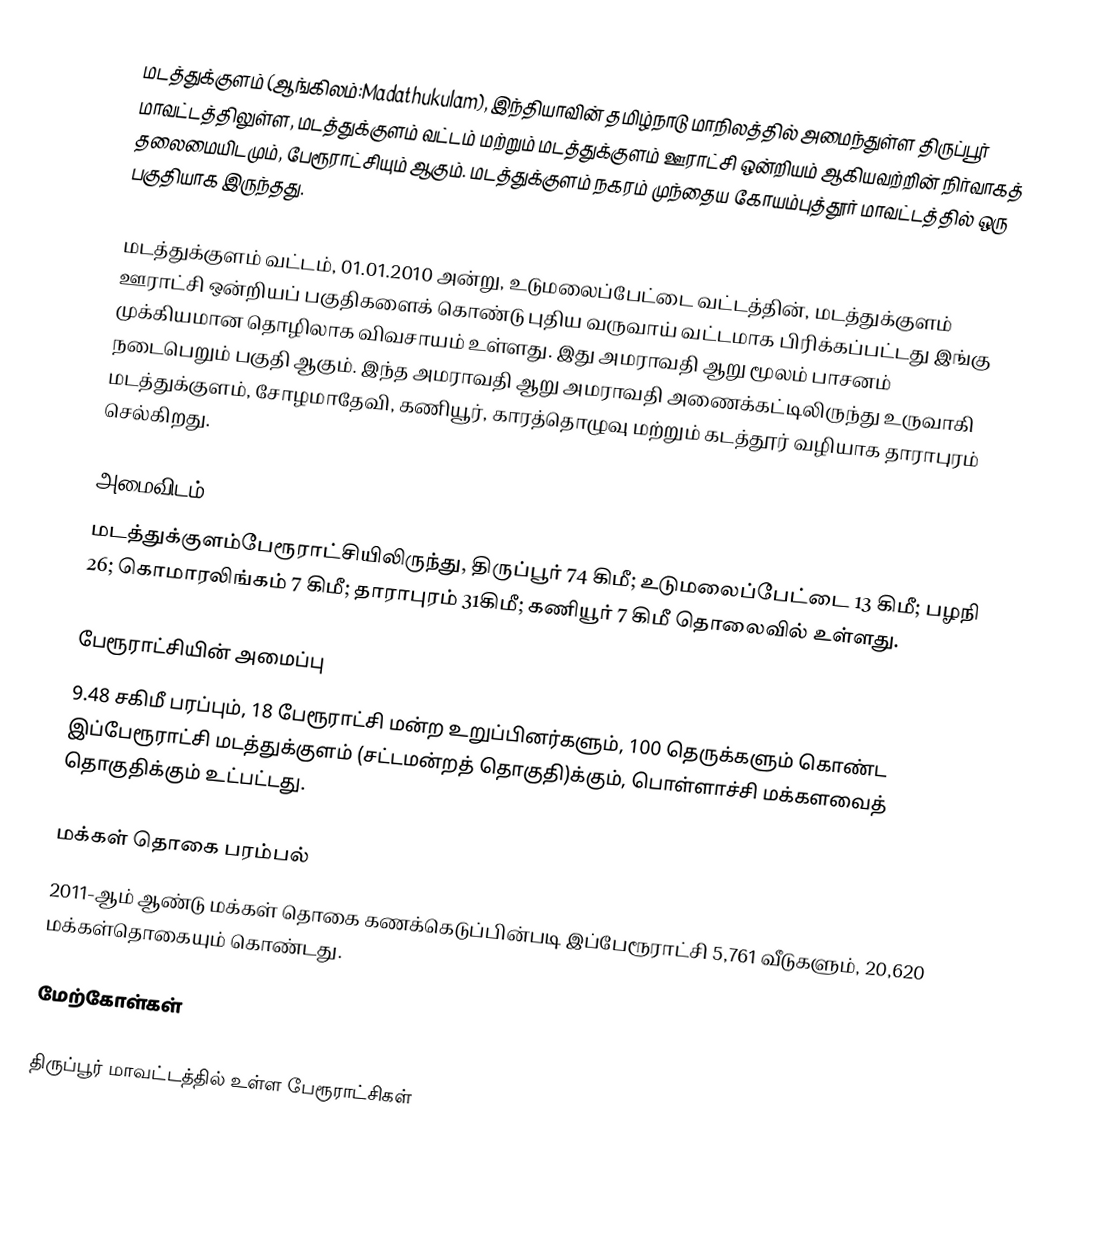
மடத்துக்குளம் (ஆங்கிலம்:Madathukulam), இந்தியாவின் தமிழ்நாடு மாநிலத்தில் அமைந்துள்ள திருப்பூர் மாவட்டத்திலுள்ள, மடத்துக்குளம் வட்டம் மற்றும் மடத்துக்குளம் ஊராட்சி ஒன்றியம் ஆகியவற்றின் நிர்வாகத் தலைமையிடமும், பேரூராட்சியும் ஆகும். மடத்துக்குளம் நகரம் முந்தைய  கோயம்புத்தூர் மாவட்டத்தில் ஒரு பகுதியாக இருந்தது.

மடத்துக்குளம் வட்டம், 01.01.2010 அன்று, உடுமலைப்பேட்டை வட்டத்தின், மடத்துக்குளம் ஊராட்சி ஒன்றியப் பகுதிகளைக் கொண்டு புதிய வருவாய் வட்டமாக பிரிக்கப்பட்டது இங்கு முக்கியமான தொழிலாக விவசாயம் உள்ளது. இது அமராவதி ஆறு மூலம் பாசனம் நடைபெறும் பகுதி ஆகும். இந்த அமராவதி ஆறு அமராவதி அணைக்கட்டிலிருந்து உருவாகி மடத்துக்குளம், சோழமாதேவி, கணியூர், காரத்தொழுவு மற்றும் கடத்தூர் வழியாக தாராபுரம் செல்கிறது.

அமைவிடம்
மடத்துக்குளம்பேரூராட்சியிலிருந்து, திருப்பூர் 74 கிமீ; உடுமலைப்பேட்டை 13 கிமீ; பழநி 26; கொமாரலிங்கம் 7 கிமீ; தாராபுரம் 31கிமீ; கணியூர் 7 கிமீ தொலைவில் உள்ளது.

பேரூராட்சியின் அமைப்பு
9.48 சகிமீ பரப்பும், 18 பேரூராட்சி மன்ற உறுப்பினர்களும், 100 தெருக்களும் கொண்ட இப்பேரூராட்சி  மடத்துக்குளம்  (சட்டமன்றத் தொகுதி)க்கும், பொள்ளாச்சி மக்களவைத் தொகுதிக்கும் உட்பட்டது.

மக்கள் தொகை பரம்பல்
2011-ஆம் ஆண்டு மக்கள் தொகை கணக்கெடுப்பின்படி  இப்பேரூராட்சி 5,761   வீடுகளும், 20,620 மக்கள்தொகையும் கொண்டது.

மேற்கோள்கள்

திருப்பூர் மாவட்டத்தில் உள்ள பேரூராட்சிகள்